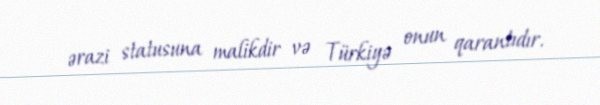
ərazi statusuna malikdir və Türkiyə onun qarantıdır.